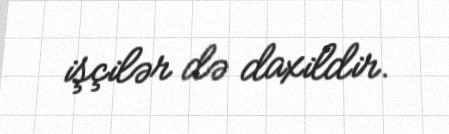
işçilər də daxildir.